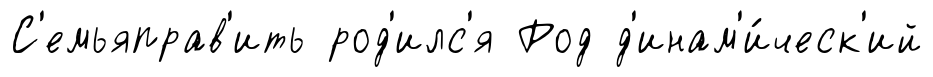
С'емьяправ'ить род'илс'я Род д'инам'и́ческ'ий